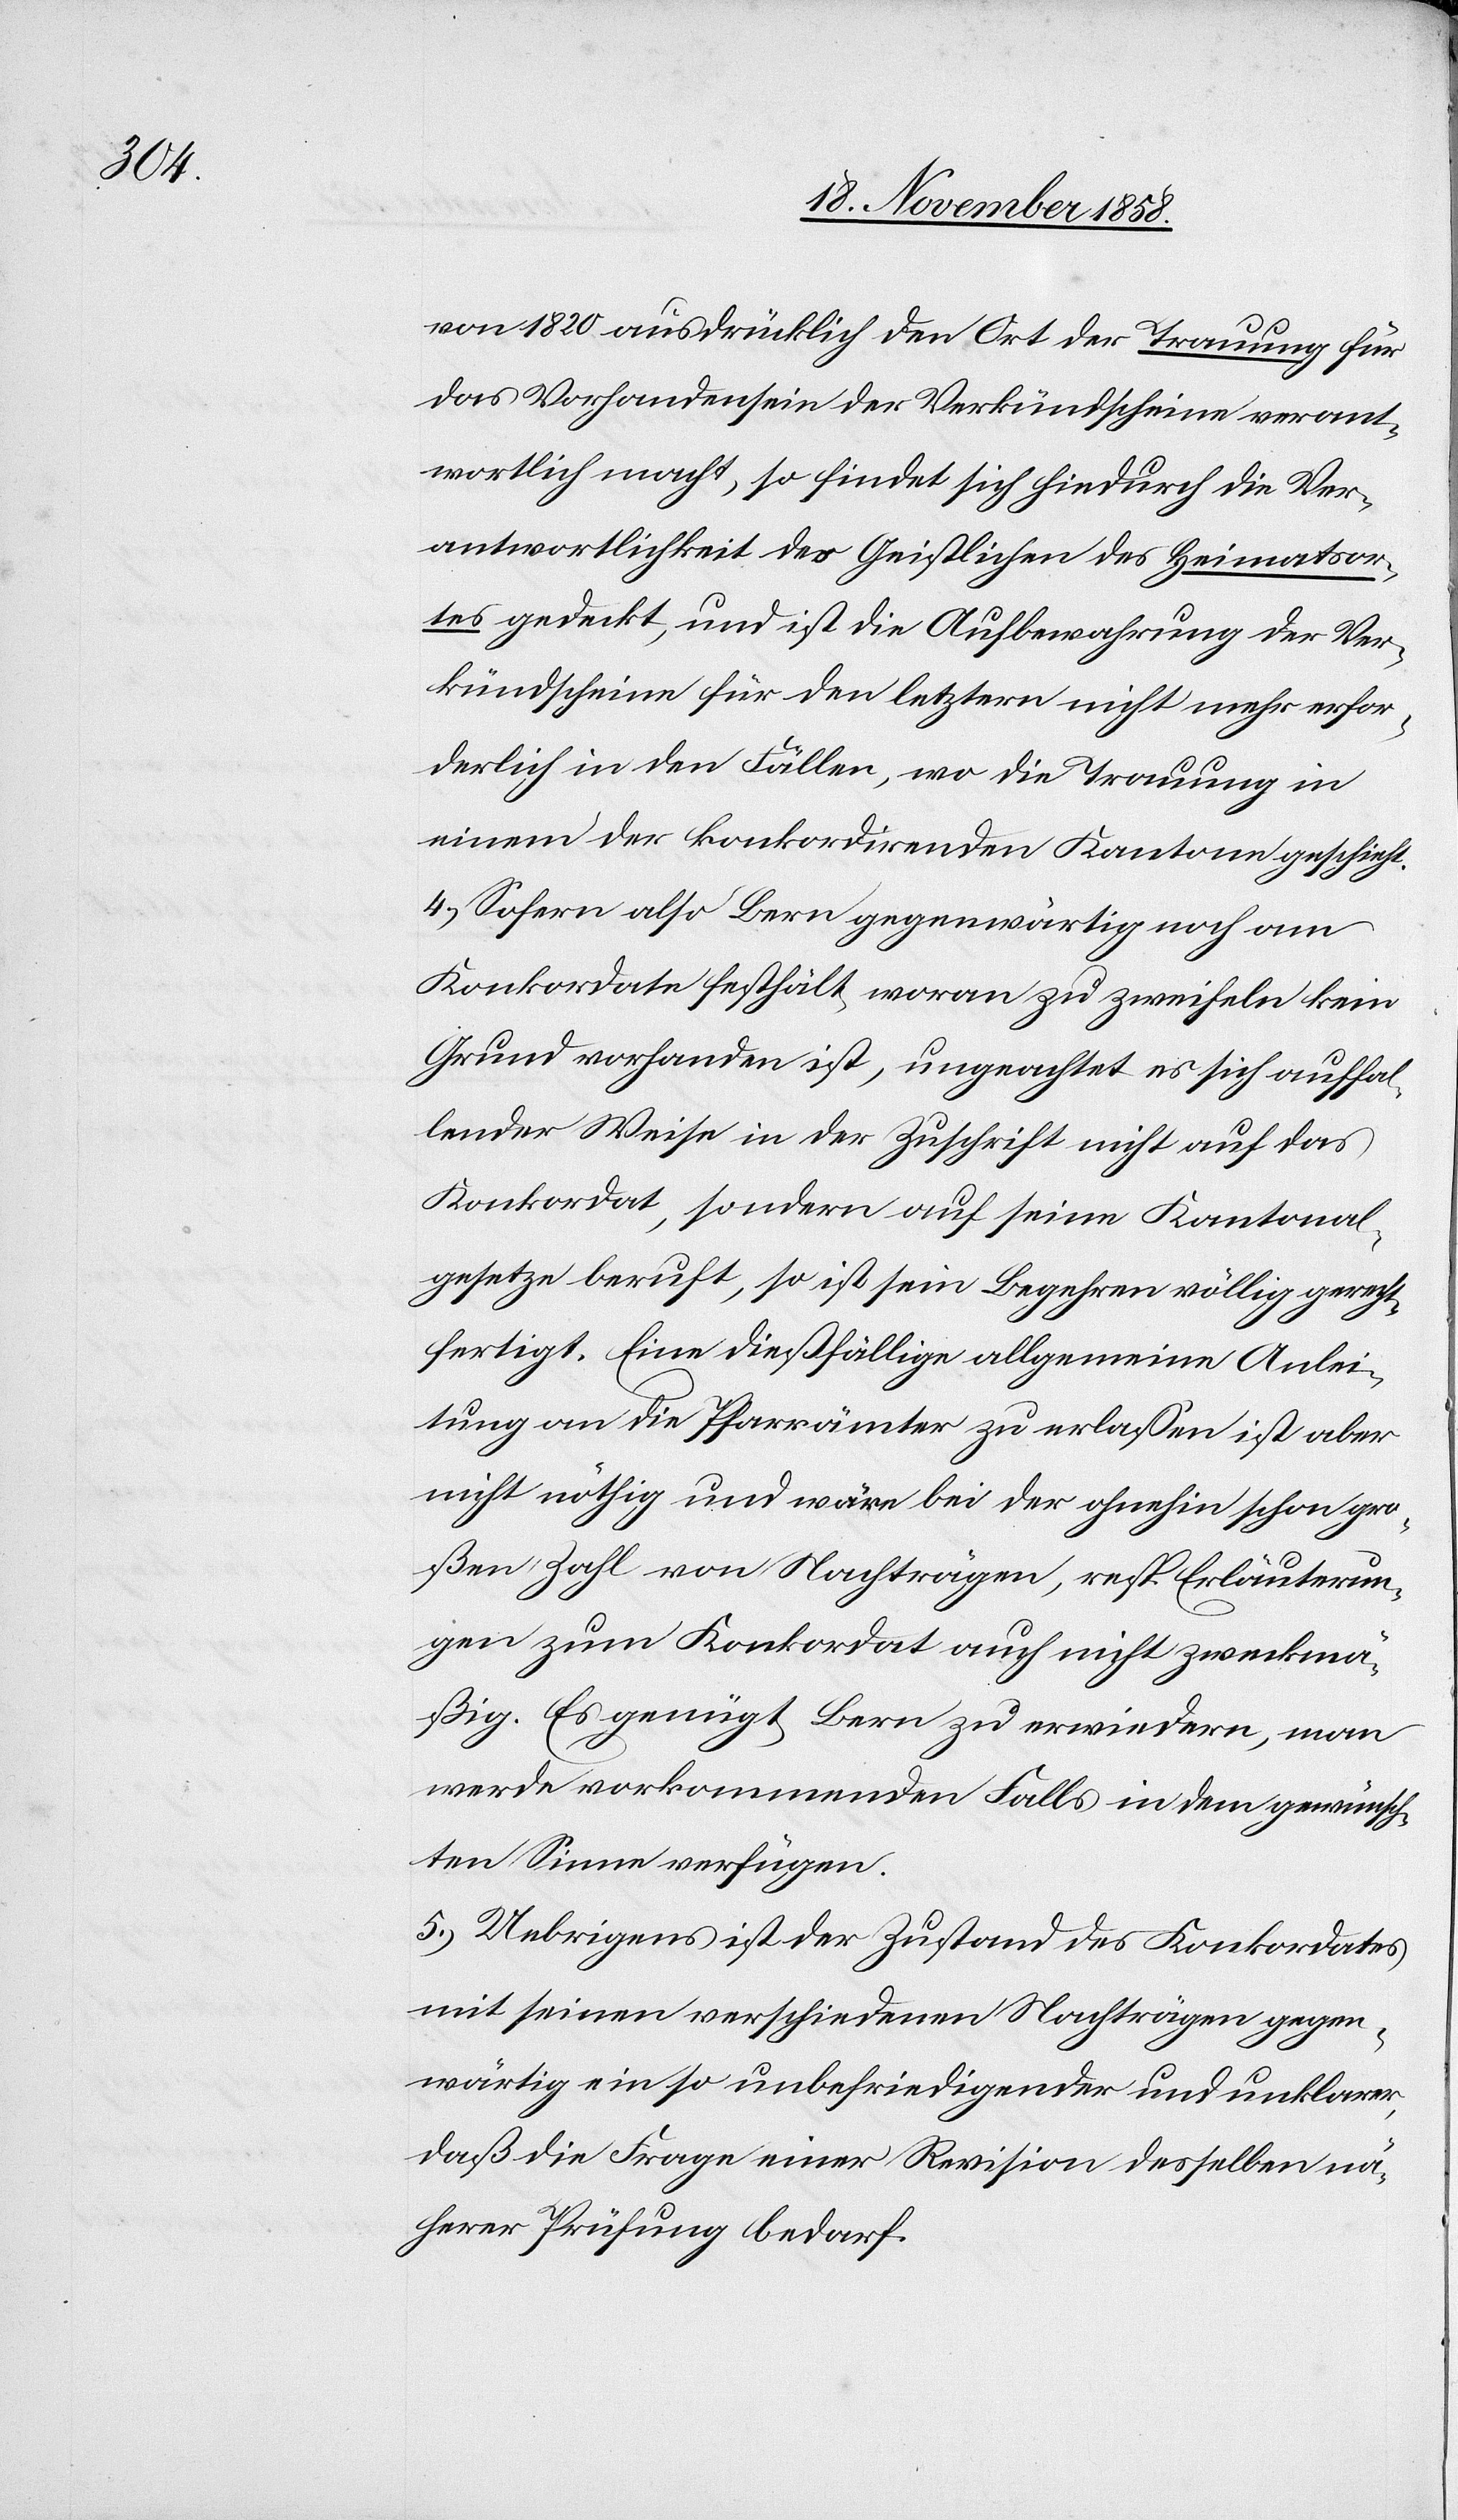
von 1820 ausdrücklich den Ort der Trauung für
das Vorhandensein der Verkündscheine verant¬
wortlich macht, so findet sich hiedurch die Ver¬
antwortlichkeit des Geistlichen des Heimatsor¬
tes gedeckt, und ist die Aufbewahrung der Ver¬
kündscheine für den letztern nicht mehr erfor¬
derlich in den Fällen, wo die Trauung in
einem der konkordirenden Kantone geschieht.
4.) Sofern also Bern gegenwärtig noch am
Konkordate festhält, woran zu zweifeln kein
Grund vorhanden ist, ungeachtet es sich auffal¬
lender Weise in der Zuschrift nicht auf das
Konkordat, sondern auf seine Kantonal¬
gesetze beruft, so ist sein Begehren völlig gerecht¬
fertigt. Eine dießfällige allgemeine Anlei¬
tung an die Pfarrämter zu erlassen ist aber
nicht nöthig und wäre bei der ohnehin schon gro¬
ßen Zahl von Nachträgen, resp. Erläuterun¬
gen zum Konkordat auch nicht zweckmä¬
ßig. Es genügt, Bern zu erwiedern, man
werde vorkommenden Falls in dem gewünsch¬
ten Sinne verfügen.
5.) Uebrigens ist der Zustand des Konkordates
mit seinen verschiedenen Nachträgen gegen¬
wärtig ein so unbefriedigender und unklarer,
daß die Frage einer Revision desselben nä¬
herer Prüfung bedarf.